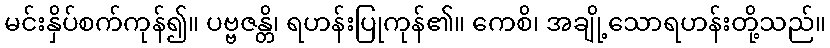
မင်းနှိပ်စက်ကုန်၍။ ပဗ္ဗဇန္တိ၊ ရဟန်းပြုကုန်၏။ ကေစိ၊ အချို့သောရဟန်းတို့သည်။